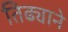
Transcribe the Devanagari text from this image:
तिढ्याने